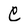
Character: C